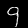
Digit: 9